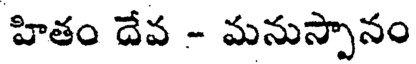
హితం దేవ - మనుస్పానం